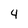
Character: 4